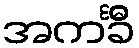
အကင်္ခီ